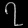
Digit: ၇